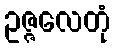
ဥဇ္ဇလေတုံ